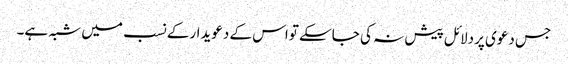
جس دعوی پردلائل پیش نہ کی جاسکے تواس کے دعویدارکے نسب میں شبہ ہے۔